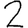
Digit: 2